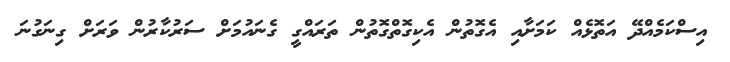
އިސްކަމެއްދޭ އަތޮޅެއް ކަމަށާއި އެގޮތުން އެކިގޮތްގޮތުން ތަރައްގީ ގެނައުމަށް ސަރުކާރުން ވަރަށް ގިނަގުނަ